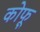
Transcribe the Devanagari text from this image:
कोफू